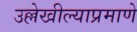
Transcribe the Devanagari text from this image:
उल्लेखील्याप्रमाणे